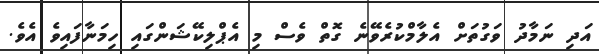
އަދި ނަމާދު ވަގުތަށް އެލާމްކުރެވޭނެ ގޮތް ވެސް މި އެޕްލިކޭޝަންގައި ހިމަނާފައިވެ އެވެ.